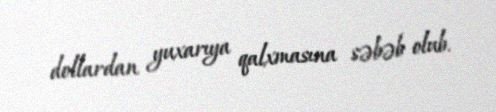
dollardan yuxarıya qalxmasına səbəb olub.